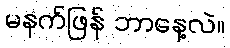
မနက်ဖြန် ဘာနေ့လဲ။